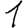
Digit: 1